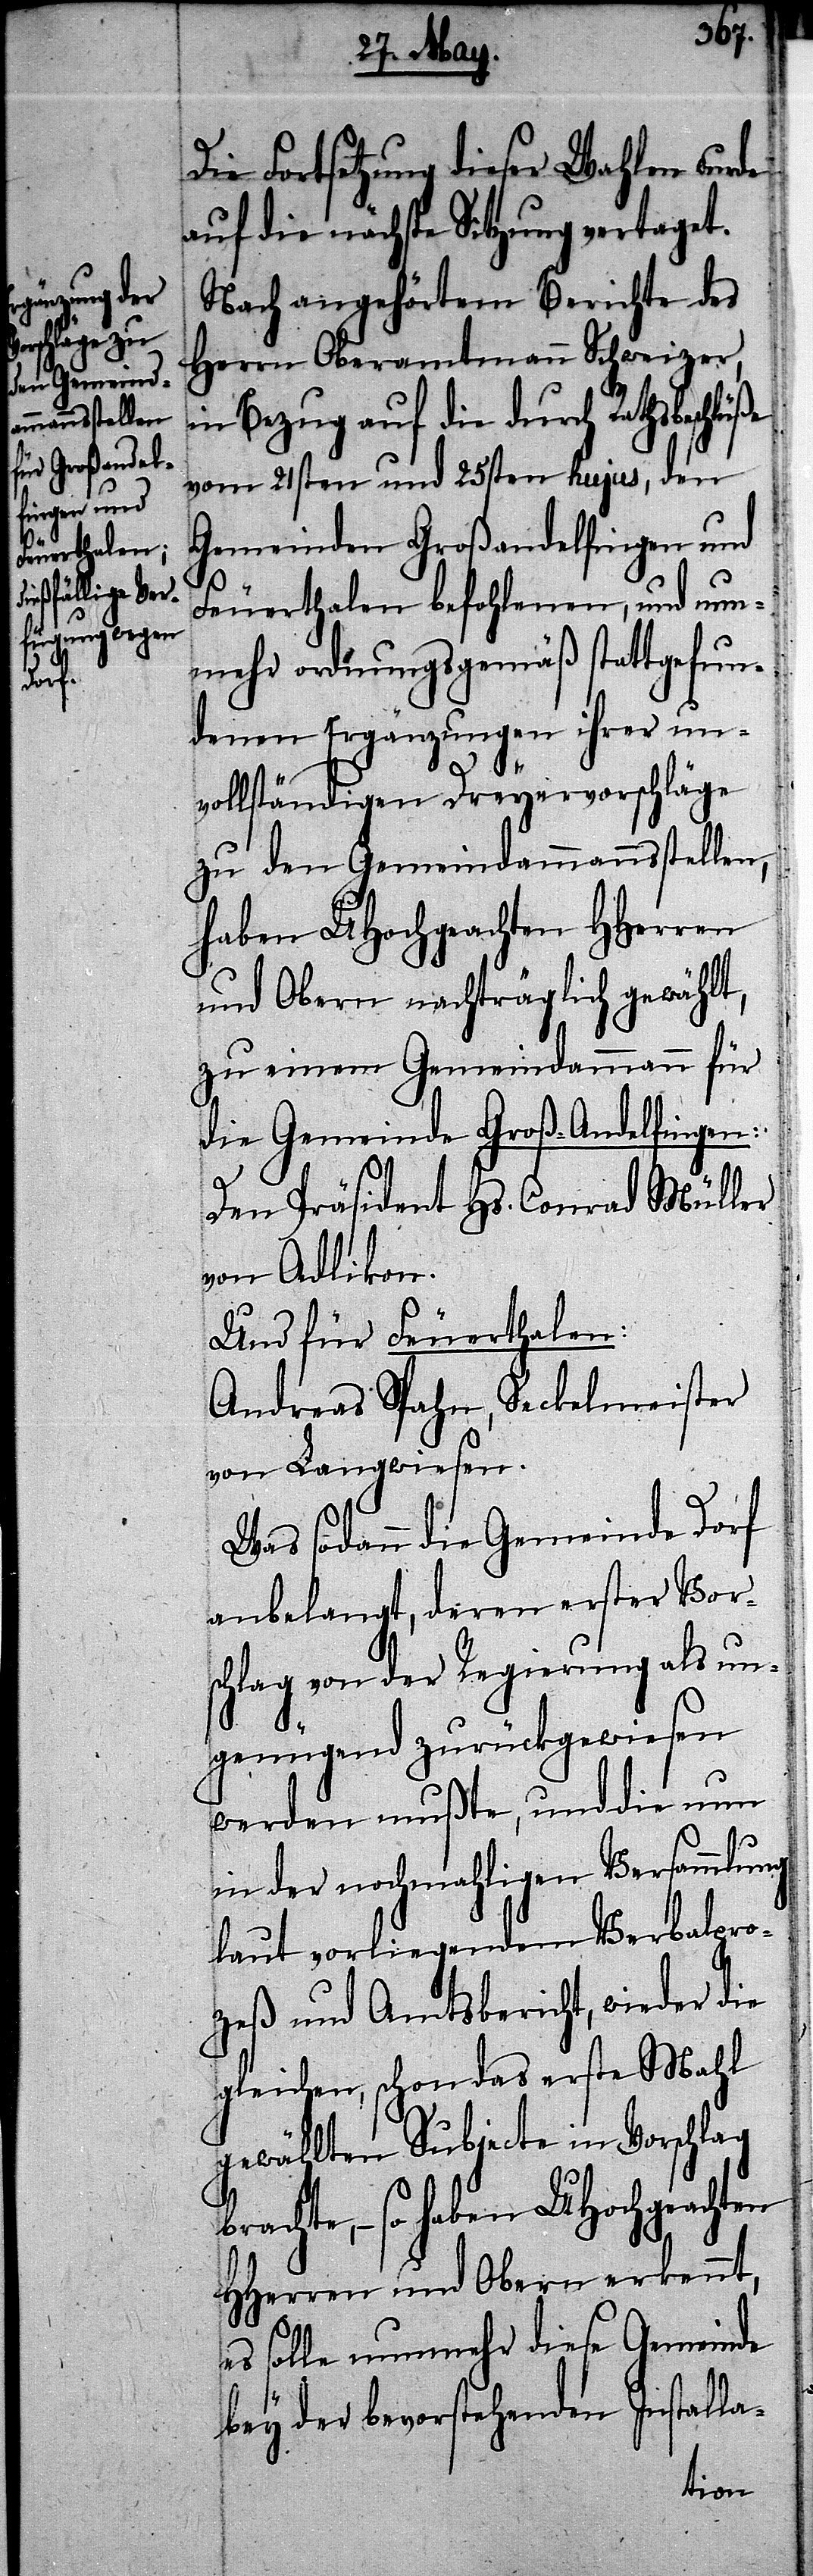
Die Fortsetzung dieser Wahlen wurde
auf die nächste Sitzung vertaget.
Nach angehörtem Berichte des
Herrn Oberamtmann Schweizer,
in Bezug auf die durch Rathsbeschlüße
vom 21sten und 25sten hujus, den
Gemeinden Großandelfingen und
b¬
Feuerthalen befohlenen, und nun¬
mehr ordnungsgemäß stattgefun¬
denen Ergänzungen ihrer un¬
vollständigen Dreyervorschläge
zu den Gemeindammannsstellen,
haben UHochgeachten HHerren
und Obern nachträglich gewählt,
zu einem Gemeindammann für
die Gemeinde Groß-Andelfingen:
Den Präsident Hs. Conrad Müller
von Adlikon.
Und für Feuerthalen:
Andreas Spahn, Seckelmeister
von Langwiesen.
Was sodann die Gemeinde Dorf
anbelangt, deren erster Vor¬
schlag von der Regierung als un¬
genügend zurückgewiesen
werden mußte, und die nun
in der nochmahligen Versammlung
laut vorliegenden Verbalpro¬
zeß und Amtsbericht, wieder die
gleichen, schon das erste Mahl
gewählten Subjecte in Vorschlag
rachte, – so haben UHochgeachten
HHerren und Obern erkennt,
es solle nunmehr diese Gemeinde
bey der bevorstehenden Installa-